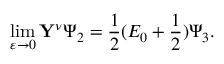
\operatorname * { l i m } _ { \varepsilon \to 0 } \mathbf { Y } ^ { \nu } \Psi _ { 2 } = \frac { 1 } { 2 } ( E _ { 0 } + \frac { 1 } { 2 } ) \Psi _ { 3 } .